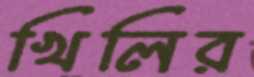
খিলির